Leaving Certificate Examination, 1918
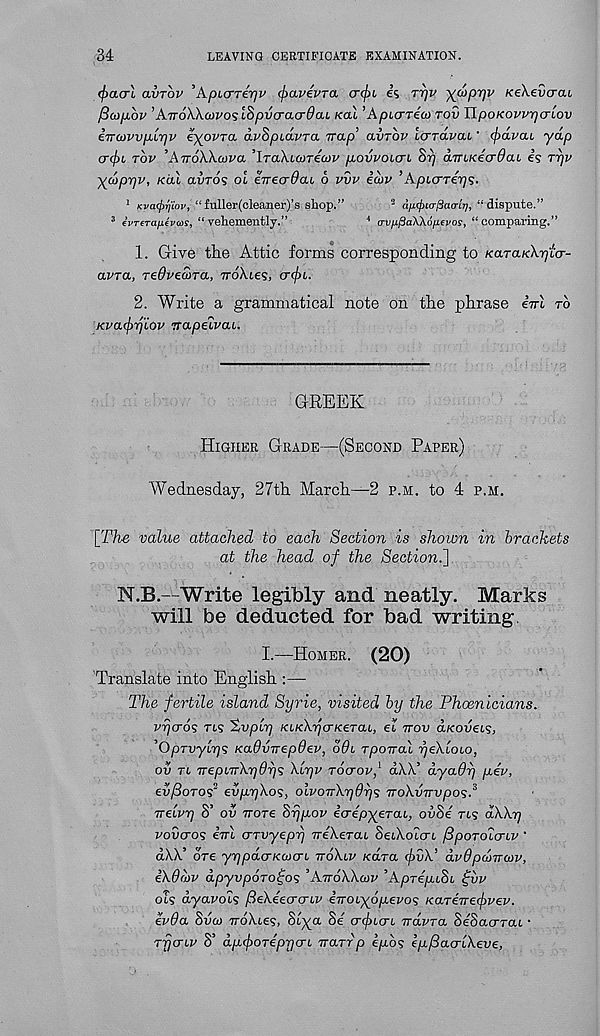
34
LEAVING CERTIFICATE EXAMINATION.
<f>a<jL avTov 'KpKTTerjV <f>avevTa cr<f>b is rrjv yutprjv KeXevcrai
f3<j)p.bv ’AvoWtovoslSpycrciordcu kclI 'Apurriui Tov YLpoKovv-qaLov
iirQyvvjJulrjv iyovra, dvSpLavra nap’ avrbv Icrrdvcu ' (f)dvcu yap
cr(j)L rbv ’AnoWcova ’IraXLcoricvv p.ovvoLcn Srj dmKecrdai is rrjv
ydppv, Kill avros oi e-rrecrOaL 6 vvv icov ’ApLcrreyjs.
1 Kva(j)ri'iov, “fuller(cleaner)’s shop.”
2 d^ttr/Sao-fy, “dispute.”
3 ivTcTajitvas, “vehemently.”
* a-vn^aWofievos, “comparing.”
1. Give the Attic forms corresponding to KaraKXptcr-
avra, redvecora, TroXte?, <r(j)L.
2. Write a grammatical note on the phrase iirl to
Kvacjirj'iov rrapeivai.
GREEK
Higher Grade—(Second Paper)
AVednesday, 27th March—2 p.m. to 4 p.m.
[TTwj value attached to each Section is shown in brackets
at the head of the Section.]
N.B.—Write legibly and neatly. Marks
will be deducted for bad writing
I.—Homer. (20)
Translate into English :—-
The fertile island Syrie, visited by the Phoenicians,
vycros ns hvplr) Kt/cX.^cr/cerat, et ttov aKoveis,
’Oprvylrjs xadvirepOev, o9l rporraX rjeXloLo,
ov tl TrepLTr\r]6rjs Xlyv rocrovf aW dyaOrj p.ev,
ev/3oros 2 eiiprjXos, olvovXydrjs voXvTrvpos. 3
TTelvrj S’ ov TTore Srjpov icrepyerai., ovSi tls dXXp
vovcros ivl o-rvyepri iriXeraL SeiXoicrc fSporoio-LV '
dXX’ ore yrjpdcrKOicrL ttoXlv Kara cf>vX’ dvOpdircov,
iXdiov dpyvporoifos ’ArroXXcov ’AprepiSi ^vv
ols dyavals fdeXiecrcrLv iirouyojjLevos Karirrefvev.
ev9a Svco voXces, Slya Si utficri rrdvra SiSacrraL •
rfjcnv S’ dpf Dripperl rrarrp epos ep/Sao-lXeve,